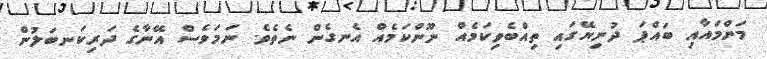
މަންމައާއި ބައްޕަ ދުނިޔޭގައި ތިއްބެވިކަމެއް ނޫންކަމެއް އެނގެން ނެތެވެ. ނަމަވެސް އޭނާގެ ދަރިކަނބަލުން